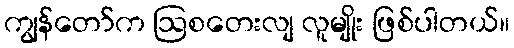
ကျွန်တော်က ဩစတေးလျ လူမျိုး ဖြစ်ပါတယ်။